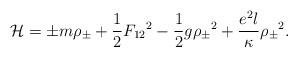
LaTeX: \begin{align*}{\cal H} = {\pm} m {\rho}_{\pm} + {1 \over 2} {F_{12}}^2 - {1 \over 2} g{{\rho}_{\pm}}^2 + {{e^2 l } \over \kappa} {{\rho}_{\pm}}^2 .\end{align*}